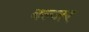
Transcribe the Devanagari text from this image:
बल्जर